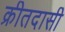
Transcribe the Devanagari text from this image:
क्रीतदासी